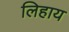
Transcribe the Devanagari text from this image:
लिहाय